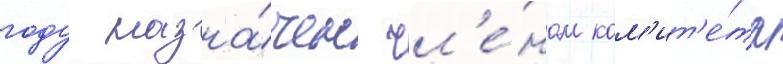
году назна́чен чл'е́ном ком'ит'е́та